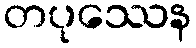
တပုဿေန